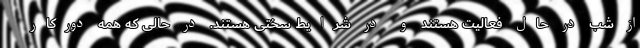
از شب در حال فعالیت هستند و در شرایط سختی هستند. در حالی که همه دورکار